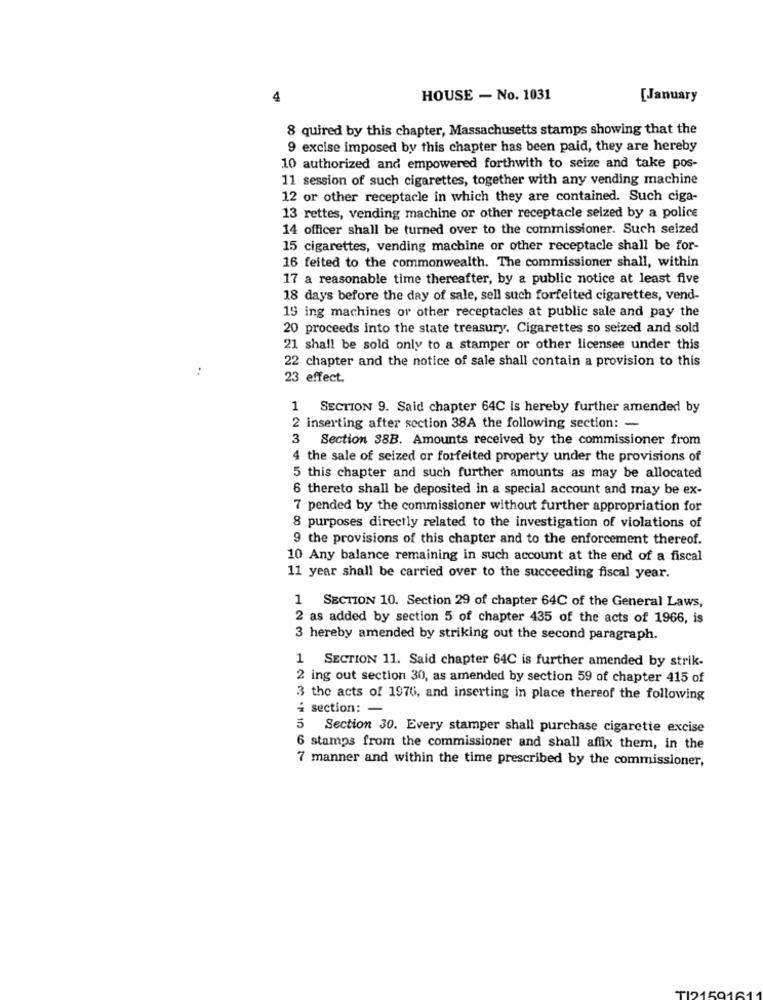
4
HOUSE - No. 1031
[January
8 quired by this chapter, Massachusetts stamps showing that the
9 excise imposed by this chapter has been paid, they are hereby
10 authorized and empowered forthwith to seize and take pos-
11 session of such cigarettes, together with any vending machine
12 or other receptacle in which they are contained. Such ciga-
13 rettes, vending machine or other receptacle seized by a police
14 officer shall be turned over to the commissioner. Such seized
15 cigarettes, vending machine or other receptacle shall be for-
16 feited to the commonwealth. The commissioner shall, within
17 a reasonable time thereafter, by a public notice at least five
18 days before the day of sale, sell such forfeited cigarettes, vend-
19 ing machines or other receptacles at public sale and pay the
20 proceeds into the state treasury. Cigarettes so seized and sold
21 shall be sold only to a stamper or other licensee under this
22 chapter and the notice of sale shall contain a provision to this
23 effect.
1 SECTION 9. Said chapter 64C is hereby further amended by
2 inserting after section 38A the following section: -
3 Section 38B. Amounts received by the commissioner from
4 the sale of seized or forfeited property under the provisions of
5 this chapter and such further amounts as may be allocated
6 thereto shall be deposited in a special account and may be ex-
7 pended by the commissioner without further appropriation for
8 purposes directly related to the investigation of violations of
9 the provisions of this chapter and to the enforcement thereof.
10 Any balance remaining in such account at the end of a fiscal
11 year shall be carried over to the succeeding fiscal year.
1 SECTION 10. Section 29 of chapter 64C of the General Laws,
2 as added by section 5 of chapter 435 of the acts of 1966, is
3 hereby amended by striking out the second paragraph.
1 SECTION 11. Said chapter 64C is further amended by strik-
2 ing out section 30, as amended by section 59 of chapter 415 of
3 the acts of 1976, and inserting in place thereof the following
¿ section: -
Section 30. Every stamper shall purchase cigarette excise
6 stamps from the commissioner and shall affix them, in the
7 manner and within the time prescribed by the commissioner,
TI21591